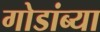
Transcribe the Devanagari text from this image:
गोडांब्या